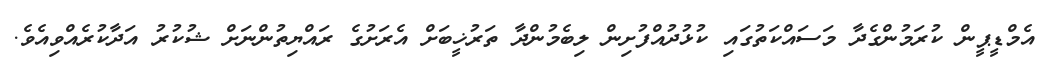
އެމްޑީޕީން ކުރަމުންގެދާ މަސައްކަތުގައި ކުޅުދުއްފުށިން ލިބެމުންދާ ތަރުޚީބަށް އެރަށުގެ ރައްޔިތުންނަށް ޝުކުރު އަދާކުރެއްވިއެވެ.